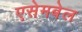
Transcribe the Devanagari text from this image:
एसेमबेल